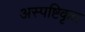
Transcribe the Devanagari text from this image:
अस्पष्टिकृत